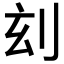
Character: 𠛑